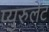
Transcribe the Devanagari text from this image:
प्युरुलेंट